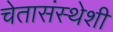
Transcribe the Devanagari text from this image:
चेतासंस्थेशी